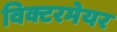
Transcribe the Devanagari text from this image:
विक्टरमेयर